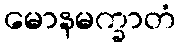
မောနမက္ခာတံ